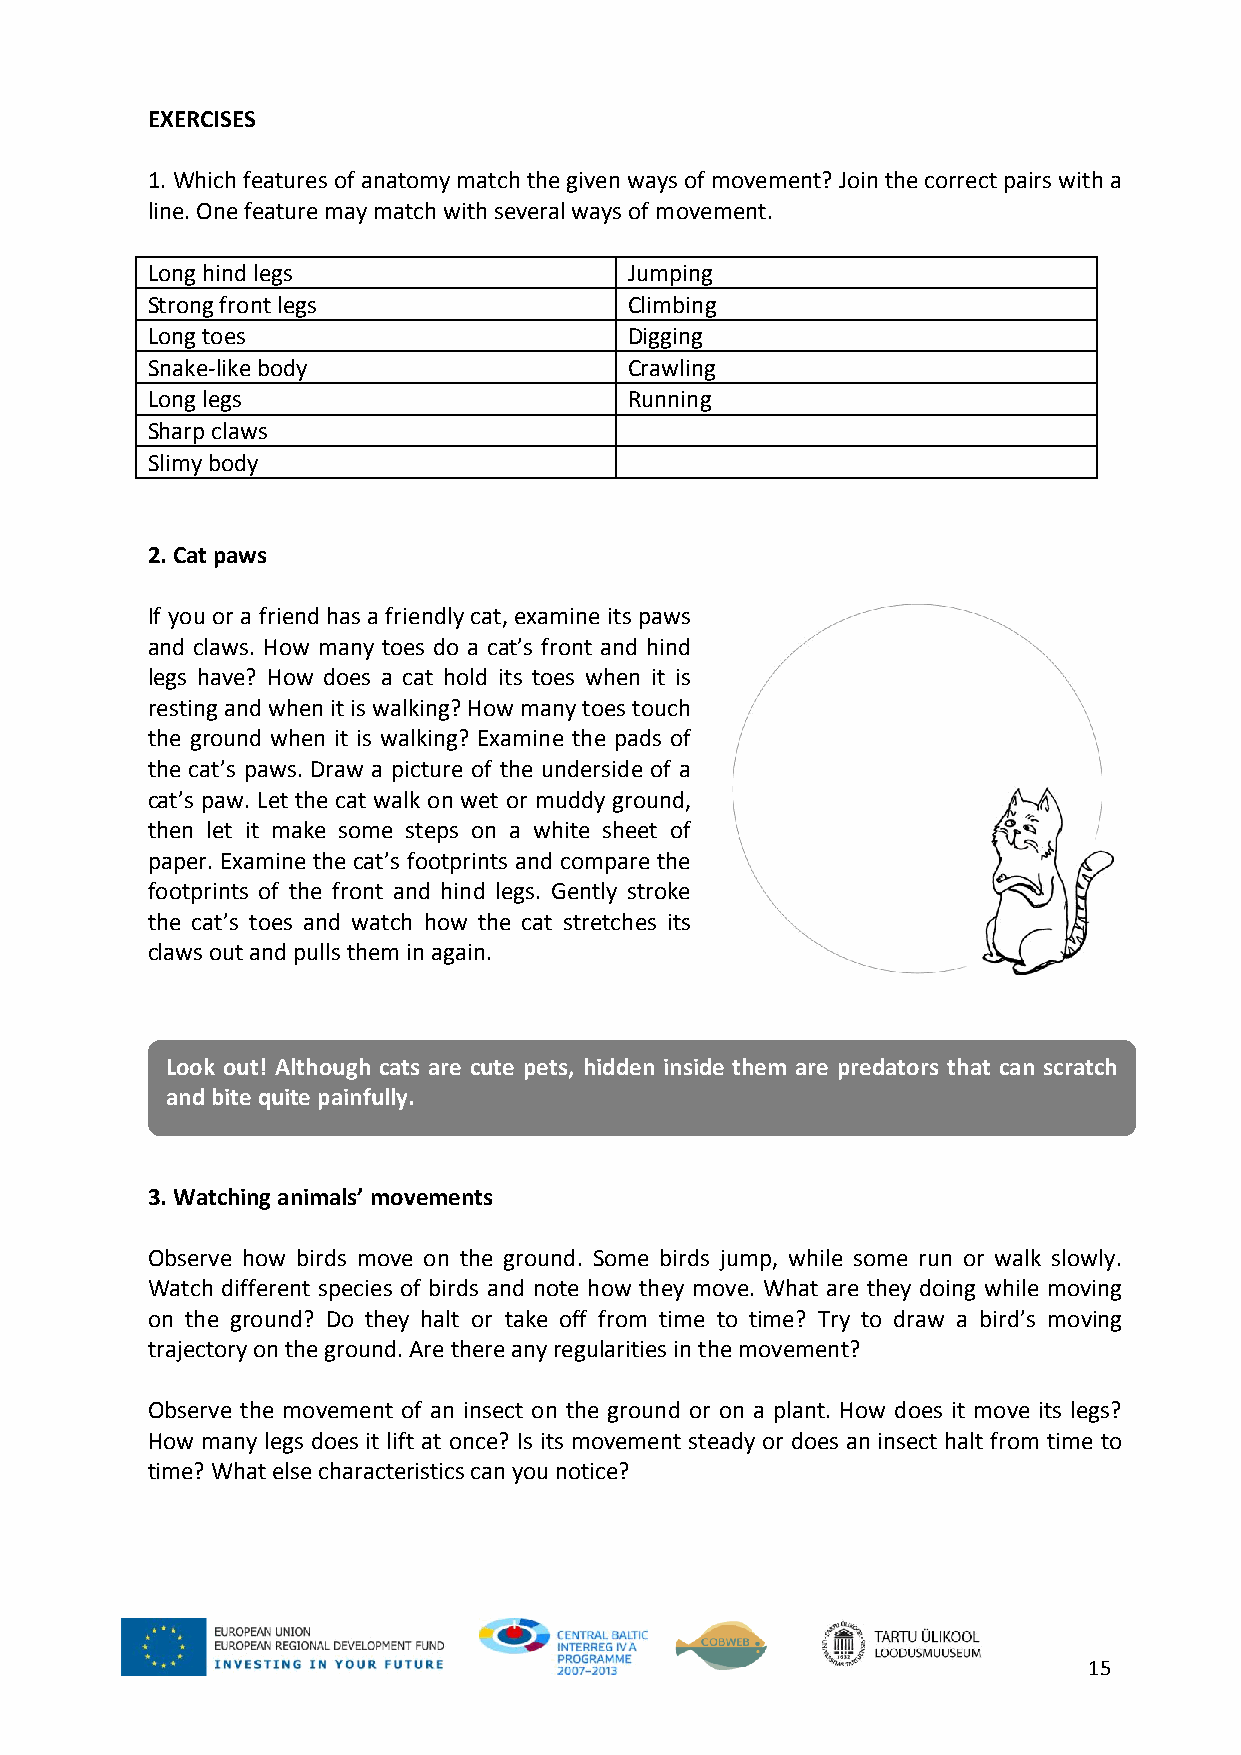
EXERCISES
 1. Which features of anatomy match the given ways of movement? Join the correct pairs with a
 line. One feature may match with several ways of movement.
 Long hind legs                  Jumping
 Strong front legs               Climbing
 Long toes                       Digging
 Snake-like body                 Crawling
 Long legs                       Running
 Sharp claws
 Slimy body
 2. Cat paws
 If you or a friend has a friendly cat, examine its paws
 and claws. How many toes do a cat’s front and hind
 legs have? How does a cat hold its toes when it is
 resting and when it is walking? How many toes touch
 the ground when it is walking? Examine the pads of
 the cat’s paws. Draw a picture of the underside of a
 cat’s paw. Let the cat walk on wet or muddy ground,
 then let it make some steps on a white sheet of
 paper. Examine the cat’s footprints and compare the
 footprints of the front and hind legs. Gently stroke
 the cat’s toes and watch how the cat stretches its
 claws out and pulls them in again.
 Look out! Although cats are cute pets, hidden inside them are predators that can scratch
 and bite quite painfully.
 3. Watching animals’ movements
 Observe how birds move on the ground. Some birds jump, while some run or walk slowly.
 Watch different species of birds and note how they move. What are they doing while moving
 on the ground? Do they halt or take off from time to time? Try to draw a bird’s moving
 trajectory on the ground. Are there any regularities in the movement?
 Observe the movement of an insect on the ground or on a plant. How does it move its legs?
 How many legs does it lift at once? Is its movement steady or does an insect halt from time to
 time? What else characteristics can you notice?
 15